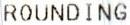
ROUNDING